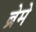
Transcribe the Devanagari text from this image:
ब्रेमे